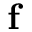
\mathbf { f }